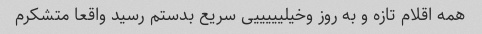
همه اقلام تازه و به روز وخیلیییییی سریع بدستم رسید واقعا متشکرم